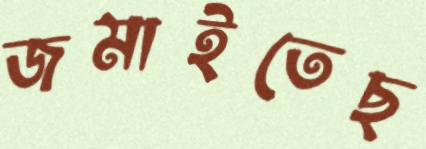
জমাইতেছ